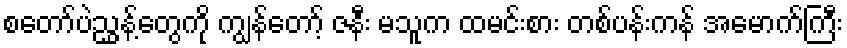
စတော်ပဲညွှန့်တွေကို ကျွန်တော့် ဇနီး မသူက ထမင်းစား တစ်ပန်းကန် အမောက်ကြီး